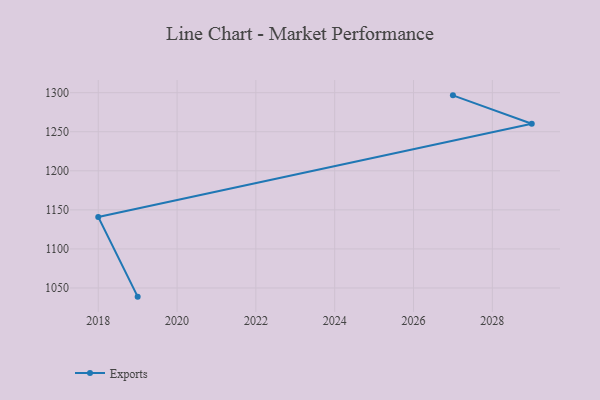
{"axis": {"x": "Year", "y": "Budget (USD K)"}, "legend": ["Exports"], "data": [{"x": "2027", "y": 1296.6, "type": "Exports"}, {"x": "2029", "y": 1260.3, "type": "Exports"}, {"x": "2018", "y": 1141.0, "type": "Exports"}, {"x": "2019", "y": 1038.9, "type": "Exports"}]}